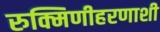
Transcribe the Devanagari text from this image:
रुक्मिणीहरणाशी